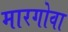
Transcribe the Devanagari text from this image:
मारगोवा